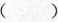
()